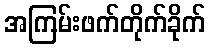
အကြမ်းဖက်တိုက်ခိုက်